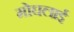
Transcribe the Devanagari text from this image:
मोघलाई